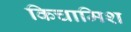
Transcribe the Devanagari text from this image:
किचामिश